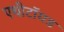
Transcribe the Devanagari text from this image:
एथीटॉयड